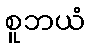
စူဘယံ